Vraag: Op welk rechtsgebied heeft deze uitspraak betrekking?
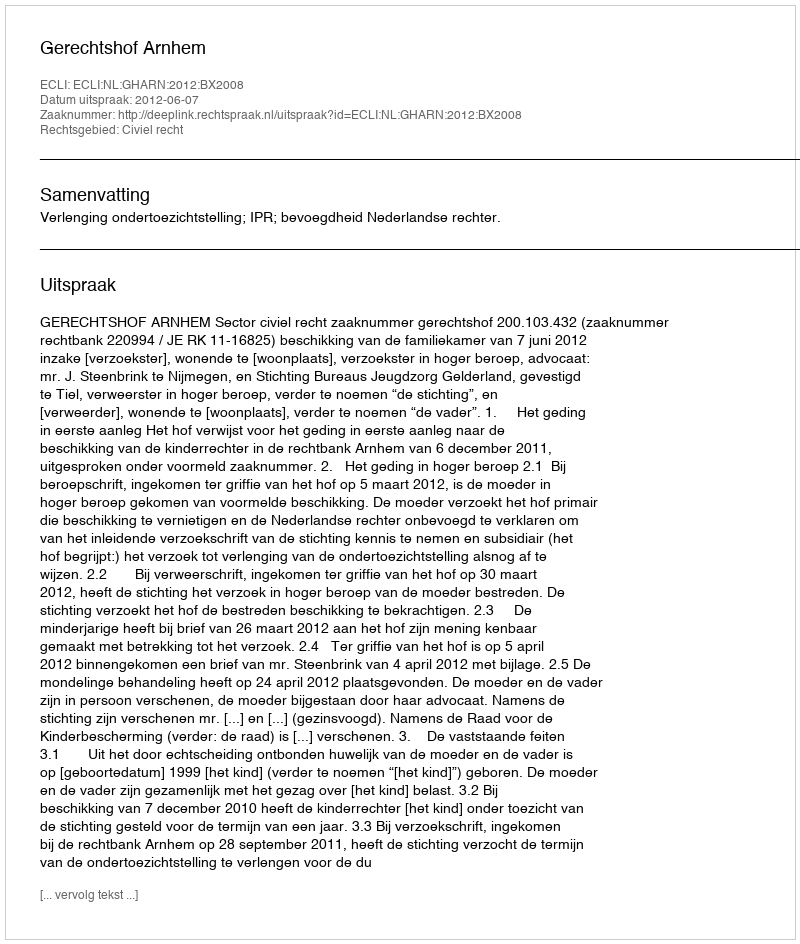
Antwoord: Civiel recht